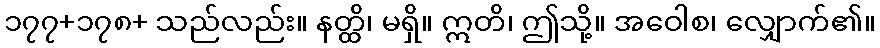
၁၇၇+၁၇၈+ သည်လည်း။ နတ္ထိ၊ မရှိ။ ဣတိ၊ ဤသို့။ အဝေါစ၊ လျှောက်၏။